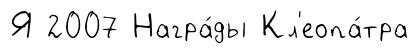
Я 2007 Награ́ды Кл'еопа́тра